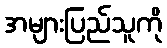
အများပြည်သူကို